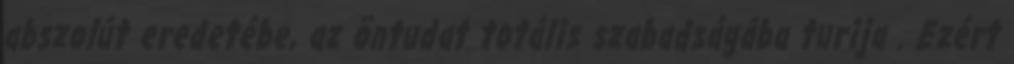
abszolút eredetébe, az öntudat totális szabadságába turija . Ezért